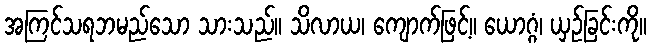
အကြင်သရဘမည်သော သားသည်။ သိလာယ၊ ကျောက်ဖြင့်။ ယောဂ္ဂံ၊ ယှဉ်ခြင်းကို။